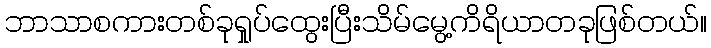
ဘာသာစကားတစ်ခုရှုပ်ထွေးပြီးသိမ်မွေ့ကိရိယာတခုဖြစ်တယ်။